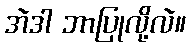
အဲဒါ ဘာပြုလို့လဲ။